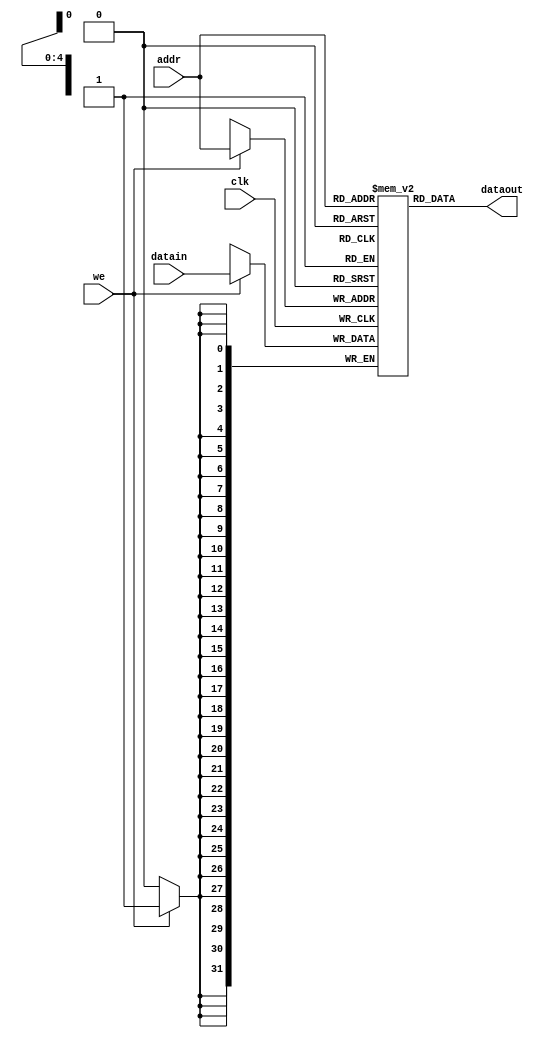
`timescale 1ns / 1ps
//////////////////////////////////////////////////////////////////////////////////
// Company: 
// Engineer: 
// 
// Design Name: 
// Module Name: scdatamem
// Project Name: 
// Target Devices: 
// Tool Versions: 
// Description: 
// 
// Dependencies: 
// 
// Revision:
// Revision 0.01 - File Created
// Additional Comments:
// 
//////////////////////////////////////////////////////////////////////////////////


module scdatamem(clk,addr,datain,we,dataout);
    input clk;             //
    input [4:0] addr;     //
    input [31:0] datain;   //
    input we;              //10
    output [31:0] dataout; //
    
    reg [31:0] ram [0:31];
    
    assign dataout = ram[addr];
    
    always @(negedge clk)
    begin
        if(we)
            ram[addr] <= datain;
    end

endmodule